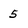
Character: 5